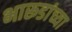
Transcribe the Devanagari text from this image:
भारूडांच्या